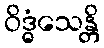
ဝိဒ္ဓံသေန္တိ